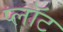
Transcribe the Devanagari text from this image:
प्‍लॉट